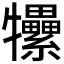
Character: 𤜖